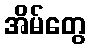
အိမ်တွေ